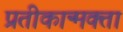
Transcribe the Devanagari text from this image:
प्रतीकान्मक्ता